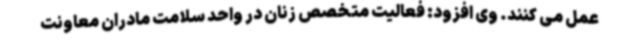
عمل می کنند. وی افزود: فعالیت متخصص زنان در واحد سلامت مادران معاونت